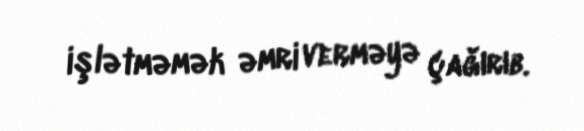
işlətməmək əmri verməyə çağırıb.